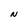
Character: N